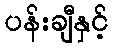
ပန်းချီနှင့်